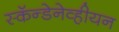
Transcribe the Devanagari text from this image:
स्कॅन्डेनेव्हीयन